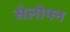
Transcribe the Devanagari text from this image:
सेलोफ्न